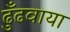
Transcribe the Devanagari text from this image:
ढुँढवाया